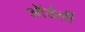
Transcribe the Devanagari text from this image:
ऑर्डर्ली